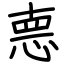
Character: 𢛳